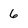
Character: 6